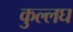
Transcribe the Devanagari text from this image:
कुल्लघ